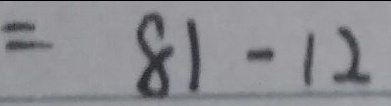
= 8 1 - 1 2